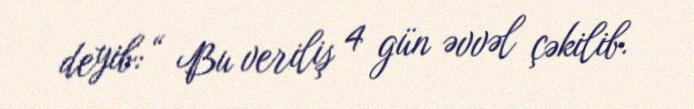
deyib: “ Bu veriliş 4 gün əvvəl çəkilib.